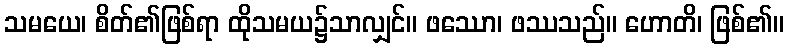
သမယေ၊ စိတ်၏ဖြစ်ရာ ထိုသမယ၌သာလျှင်။ ဖဿော၊ ဖဿသည်။ ဟောတိ၊ ဖြစ်၏။